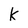
Character: k